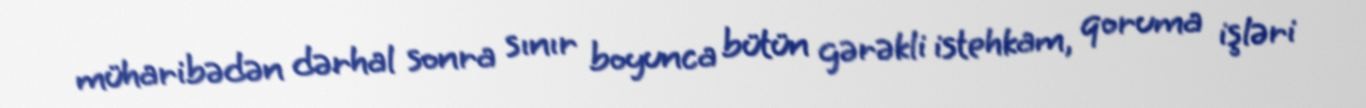
müharibədən dərhal sonra sınır boyunca bütün gərəkli istehkam, qoruma işləri